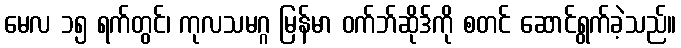
မေလ ၁၅ ရက်တွင်၊ ကုလသမဂ္ဂ မြန်မာ ဝက်ဘ်ဆိုဒ်ကို စတင် ဆောင်ရွက်ခဲ့သည်။